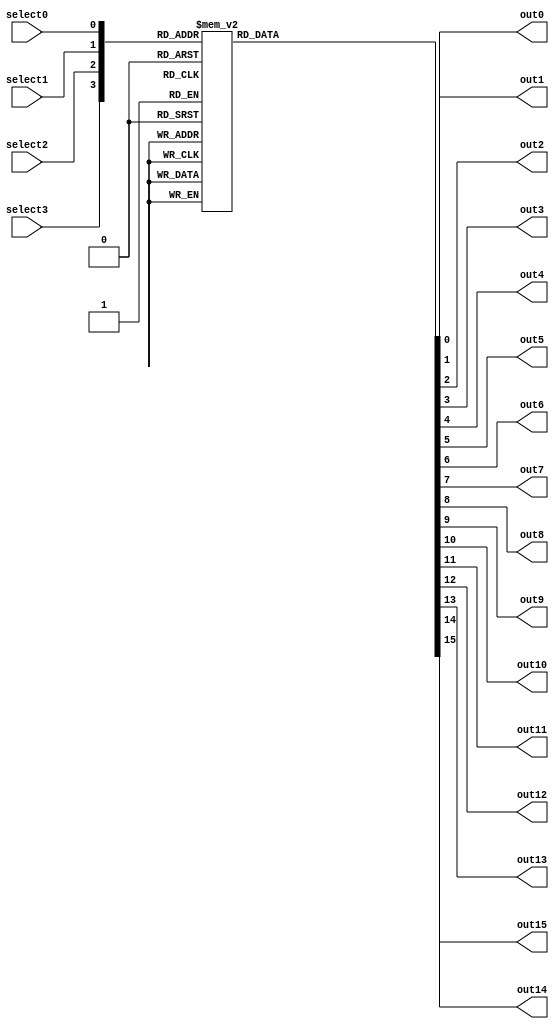
module decoder4_16(select0, select1, select2, select3, out0, out1, out2, out3,out4, out5, out6, out7,out8, out9, out10, out11, out12, out13, out14, out15);
	
input select0, select1, select2, select3;
output reg out0, out1, out2, out3,out4, out5, out6, out7,out8, out9, out10, out11, out12, out13, out14, out15;
	
always @(select0,select1,select2,select3)													
begin
	case ({select3, select2, select1, select0})												
		4'b0000: {out15, out14, out13, out12,out11, out10, out9, out8, out7, out6, out5, out4,out3, out2, out1, out0} = 16'b0000000000000001;
		4'b0001: {out15, out14, out13, out12,out11, out10, out9, out8, out7, out6, out5, out4,out3, out2, out1, out0} = 16'b0000000000000010;
		4'b0010: {out15, out14, out13, out12,out11, out10, out9, out8, out7, out6, out5, out4,out3, out2, out1, out0} = 16'b0000000000000100;
		4'b0011: {out15, out14, out13, out12,out11, out10, out9, out8, out7, out6, out5, out4,out3, out2, out1, out0} = 16'b0000000000001000;
		4'b0100: {out15, out14, out13, out12,out11, out10, out9, out8, out7, out6, out5, out4,out3, out2, out1, out0} = 16'b0000000000010000;
		4'b0101: {out15, out14, out13, out12,out11, out10, out9, out8, out7, out6, out5, out4,out3, out2, out1, out0} = 16'b0000000000100000;
		4'b0110: {out15, out14, out13, out12,out11, out10, out9, out8, out7, out6, out5, out4,out3, out2, out1, out0} = 16'b0000000001000000;
		4'b0111: {out15, out14, out13, out12,out11, out10, out9, out8, out7, out6, out5, out4,out3, out2, out1, out0} = 16'b0000000010000000;
		4'b1000: {out15, out14, out13, out12,out11, out10, out9, out8, out7, out6, out5, out4,out3, out2, out1, out0} = 16'b0000000100000000;
		4'b1001: {out15, out14, out13, out12,out11, out10, out9, out8, out7, out6, out5, out4,out3, out2, out1, out0} = 16'b0000001000000000;
		4'b1010: {out15, out14, out13, out12,out11, out10, out9, out8, out7, out6, out5, out4,out3, out2, out1, out0} = 16'b0000010000000000;
		4'b1011: {out15, out14, out13, out12,out11, out10, out9, out8, out7, out6, out5, out4,out3, out2, out1, out0} = 16'b0000100000000000;
		4'b1100: {out15, out14, out13, out12,out11, out10, out9, out8, out7, out6, out5, out4,out3, out2, out1, out0} = 16'b0001000000000000;
		4'b1101: {out15, out14, out13, out12,out11, out10, out9, out8, out7, out6, out5, out4,out3, out2, out1, out0} = 16'b0010000000000000;
		4'b1110: {out15, out14, out13, out12,out11, out10, out9, out8, out7, out6, out5, out4,out3, out2, out1, out0} = 16'b0100000000000000;
		4'b1111: {out15, out14, out13, out12,out11, out10, out9, out8, out7, out6, out5, out4,out3, out2, out1, out0} = 16'b1000000000000000;
		default: {out15, out14, out13, out12,out11, out10, out9, out8, out7, out6, out5, out4,out3, out2, out1, out0} = 16'b0000000000000000;
	endcase
end
endmodule